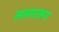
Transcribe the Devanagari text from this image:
ललनारूप